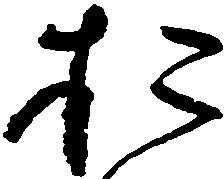
お